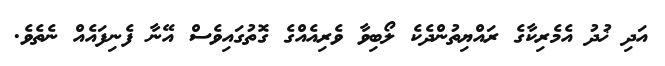
އަދި ޚުދު އެމެރިކާގެ ރައްޔިތުންދެކެ ލޯބިވާ ވެރިއެއްގެ ގޮތުގައިވެސް އޭނާ ފެނިފައެއް ނެތެވެ.